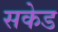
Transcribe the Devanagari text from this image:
सकेड